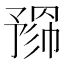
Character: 𢄮